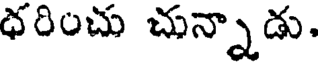
ధరించు చున్నాడు.